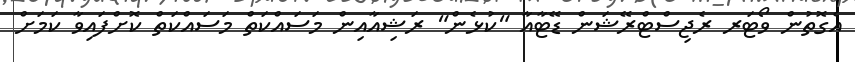
އެގޮތުން ވޯޓަރ ރެޖިސްޓްރޭޝަން ޑޭޓާއާ "ކުޅެން" ރަޝިއާއިން މަސައްކަތް މަސައްކަތް ކޮށްފައިވާ ކަމަށް